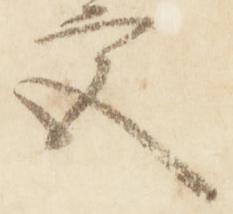
宮